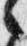
之